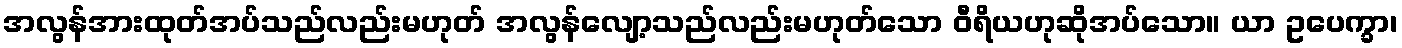
အလွန်အားထုတ်အပ်သည်လည်းမဟုတ် အလွန်လျော့သည်လည်းမဟုတ်သော ဝီရိယဟုဆိုအပ်သော။ ယာ ဥပေက္ခာ၊